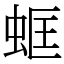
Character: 䖱